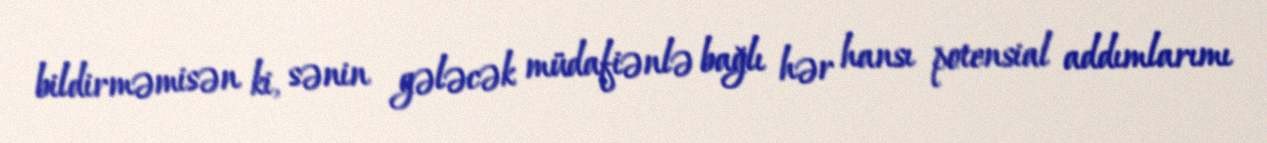
bildirməmisən ki, sənin gələcək müdafiənlə bağlı hər hansı potensial addımlarımı